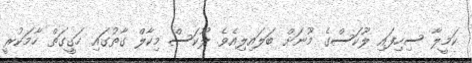
ކަމީލާ ސިހިފައި ލޫކަސްގެ މޫނަށް ބަލައިލިއެވެ. ލޫކަސް މިކާލް ގާތުގައި ހަގީގަތް ހާމަކުރީ